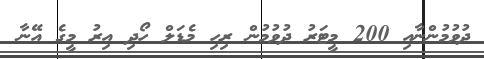
ދުވުމުންނާއި 200 މީޓަރު ދުވުމުން ރިހި މެޑަލް ހޯދި އިރު މީގެ އޭނާ